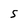
Character: S